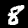
Digit: 8